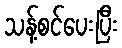
သန့်စင်ပေးပြီး